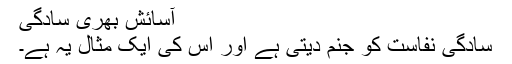
آسائش بھری سادگی
سادگی نفاست کو جنم دیتی ہے اور اس کی ایک مثال یہ ہے۔